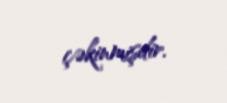
çəkinmişdir.